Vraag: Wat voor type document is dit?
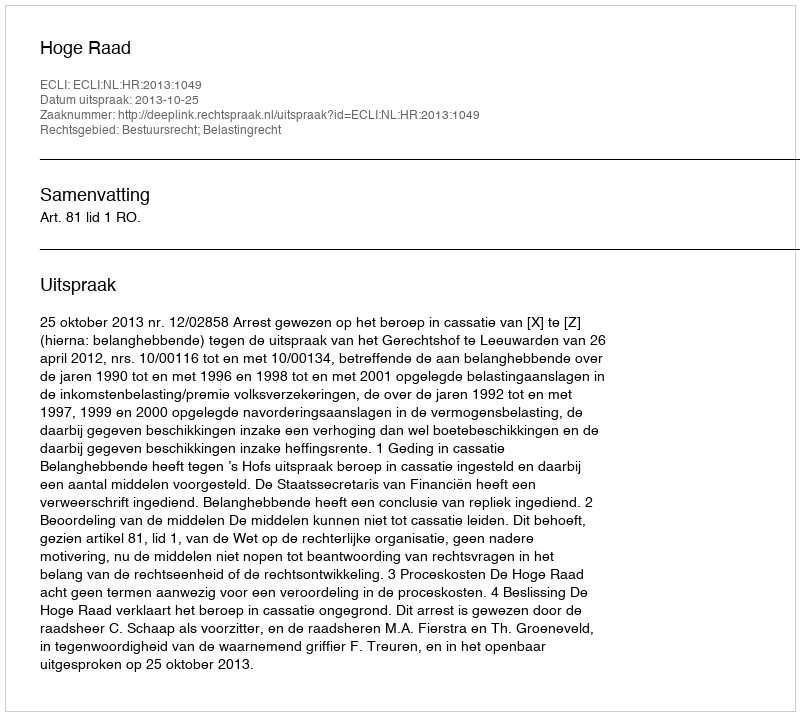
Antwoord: Uitspraak